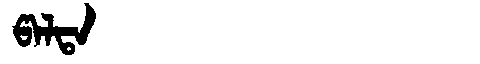
Manchu: ᡦᠠᠯᡨᠠ
Romanization: PALTA